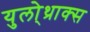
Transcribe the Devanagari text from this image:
युलो्थ्राक्स